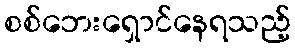
စစ်ဘေးရှောင်နေရသည့်